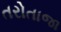
તરોતાજા